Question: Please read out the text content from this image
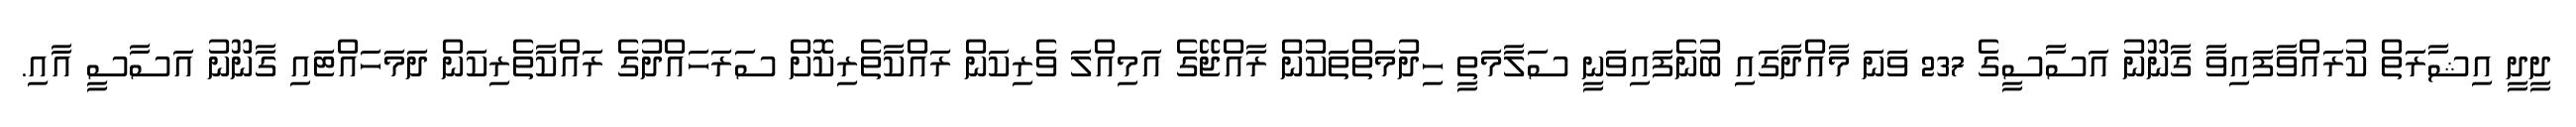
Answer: ދީދީ އިޝާރަތް ކުރައްވާފައިވާ ގާނޫނު އަސާސީގެ 237 ވަނަ މާއްދާގައި ބުނެފައިވަނީ ސަލާމަތީ ހިދުމަތްތަކުން ރާއްޖޭގެ އަމިއްލަ ވެރިކަން ރައްކާތެރިކޮށް ސަރަހައްދުގެ ރައްކާތެރިކަން ދަމަހައްޓައި ގާނޫނު އަސާސީ އާއި.